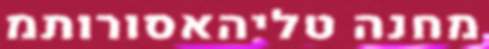
מחנה טליהאסורותמ